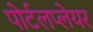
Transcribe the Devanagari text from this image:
पोर्टलप्लेयर